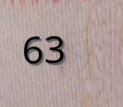
63